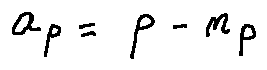
a _ { p } = p - n _ { p }